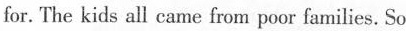
for. The kids all came from poor families. So